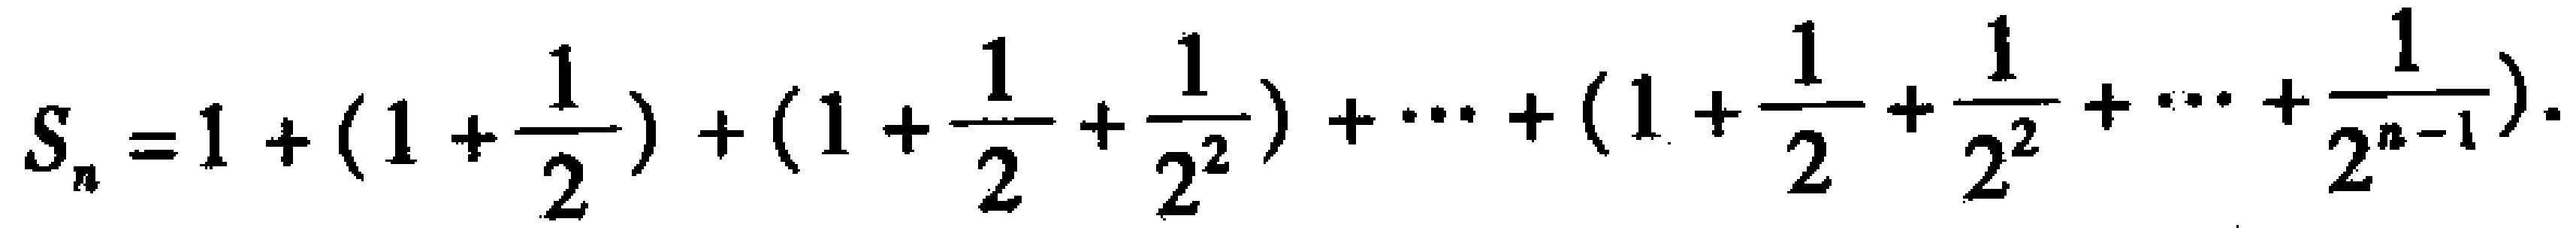
\(S_{n}=1+(1+\frac{1}{2})+(1+\frac{1}{2}+\frac{1}{2^{2}})+\cdots+(1+\frac{1}{2}+\frac{1}{2^{2}}+\cdots+\frac{1}{2^{n - 1}})\)